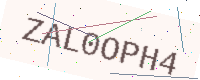
Text: ZAL0OPH4